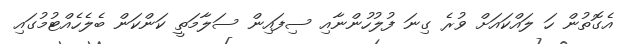
އެގޮތުން ހަ ލައްކައަށް ވުރެ ގިނަ ފުލުހުންނާއި ސިފައިން ސަލާމަތީ ކަންކަން ބެލެހެއްޓުމުގައި